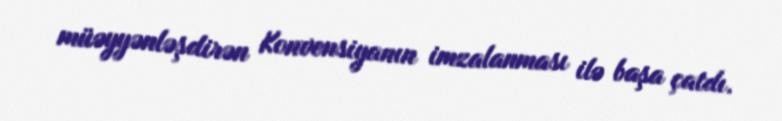
müəyyənləşdirən Konvensiyanın imzalanması ilə başa çatdı.